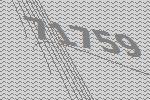
71759